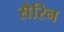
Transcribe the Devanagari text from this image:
सैरिन